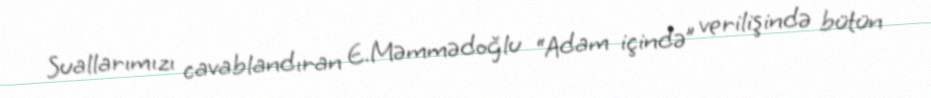
Suallarımızı cavablandıran E.Məmmədoğlu “Adam içində” verilişində bütün